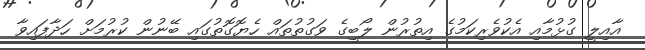
އާއިލީ ގުޅުމާއި އެކުވެރިކަމުގެ އިތުރުން ލޯބީގެ ވަގުތުތައް ހެޔޮގޮތުގައި ބޭނުން ކުރުމަށް ހަދާފައިވާ